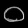
Digit: ၀